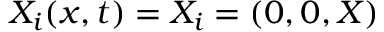
X _ { i } ( x , t ) = X _ { i } = ( 0 , 0 , X )